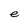
Character: e